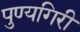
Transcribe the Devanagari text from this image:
पुण्यगिरी